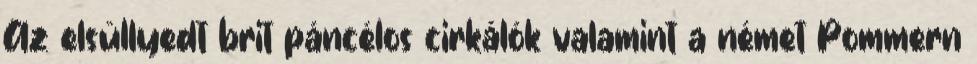
Az elsüllyedt brit páncélos cirkálók valamint a német Pommern